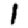
Digit: 1